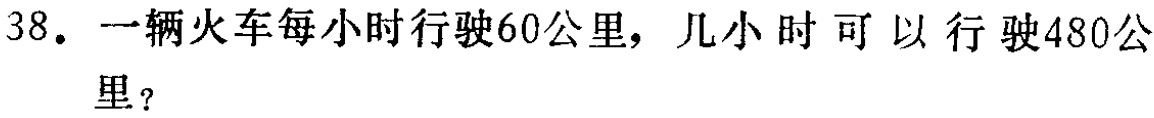
38. 一辆火车每小时行驶60公里，几小时可以行驶480公里？